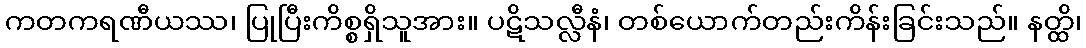
ကတကရဏီယဿ၊ ပြုပြီးကိစ္စရှိသူအား။ ပဋိသလ္လီနံ၊ တစ်ယောက်တည်းကိန်းခြင်းသည်။ နတ္ထိ၊